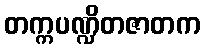
တက္ကပဏ္ဍိတဇာတက